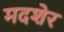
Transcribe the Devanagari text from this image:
मदशेर